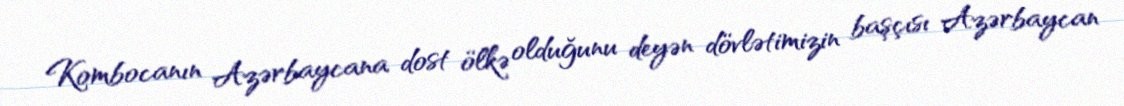
Kombocanın Azərbaycana dost ölkə olduğunu deyən dövlətimizin başçısı Azərbaycan